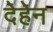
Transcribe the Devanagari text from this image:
देहेन